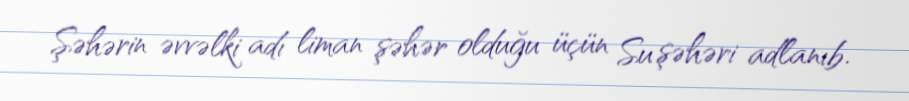
Şəhərin əvvəlki adı liman şəhər olduğu üçün Su şəhəri adlanıb.